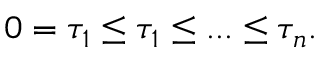
0 = \tau _ { 1 } \leq \tau _ { 1 } \leq . . . \leq \tau _ { n } .